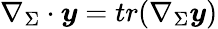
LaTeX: \nabla_{\Sigma}\cdot\boldsymbol{y}=tr(\nabla_{\Sigma}\boldsymbol{y})